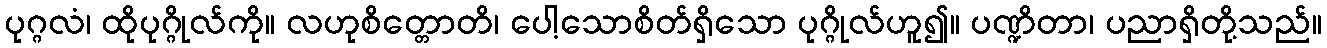
ပုဂ္ဂလံ၊ ထိုပုဂ္ဂိုလ်ကို။ လဟုစိတ္တောတိ၊ ပေါ့သောစိတ်ရှိသော ပုဂ္ဂိုလ်ဟူ၍။ ပဏ္ဍိတာ၊ ပညာရှိတို့သည်။